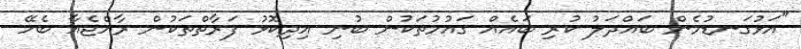
"އަޅުގަނޑުމެން ބައްދަލު ކުރި ބައެއް ގައުމުތަކުން ބުނި އިދިކޮޅު ފަރާތްތަކުން ރާއްޖެއާ ބެހޭ